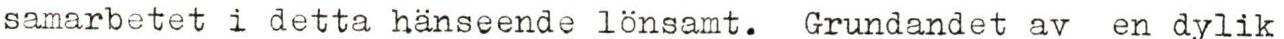
samarbetet i detta hänseende lonsamt.  Grundlandet av en dylik